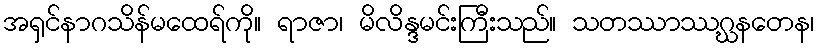
အရှင်နာဂသိန်မထေရ်ကို။ ရာဇာ၊ မိလိန္ဒမင်းကြီးသည်။ သတဿာဿဂ္ဃနတေန၊